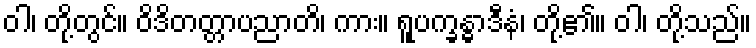
ဝါ၊ တို့တွင်။ ဝိဒိတတ္တာပညာတိ၊ ကား။ ရူပက္ခန္ဓာဒီနံ၊ တို့၏။ ဝါ၊ တို့သည်။